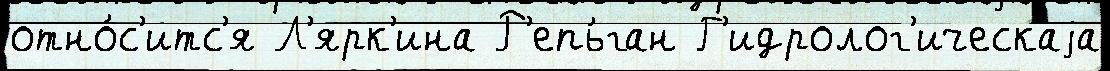
отно́с'итс'я Л'ярк'ина Р'епь́ган Г'идролог'ическаjа